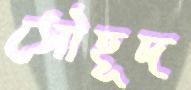
সৌহূদ